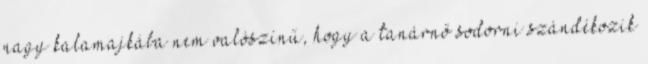
nagy kalamajkába nem valószínű, hogy a tanárnő sodorni szándékozik